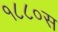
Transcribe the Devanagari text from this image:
१८८०स